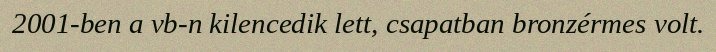
2001-ben a vb-n kilencedik lett, csapatban bronzérmes volt.